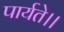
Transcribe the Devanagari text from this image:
पार्यते।।